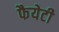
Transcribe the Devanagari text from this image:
फैयेटी